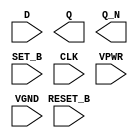
/**
 * Copyright 2020 The SkyWater PDK Authors
 *
 * Licensed under the Apache License, Version 2.0 (the "License");
 * you may not use this file except in compliance with the License.
 * You may obtain a copy of the License at
 *
 *     https://www.apache.org/licenses/LICENSE-2.0
 *
 * Unless required by applicable law or agreed to in writing, software
 * distributed under the License is distributed on an "AS IS" BASIS,
 * WITHOUT WARRANTIES OR CONDITIONS OF ANY KIND, either express or implied.
 * See the License for the specific language governing permissions and
 * limitations under the License.
 *
 * SPDX-License-Identifier: Apache-2.0
 */

`ifndef SKY130_FD_SC_HS__DFBBP_PP_SYMBOL_V
`define SKY130_FD_SC_HS__DFBBP_PP_SYMBOL_V

/**
 * dfbbp: Delay flop, inverted set, inverted reset,
 *        complementary outputs.
 *
 * Verilog stub (with power pins) for graphical symbol definition
 * generation.
 *
 * WARNING: This file is autogenerated, do not modify directly!
 */

`timescale 1ns / 1ps
`default_nettype none

(* blackbox *)
module sky130_fd_sc_hs__dfbbp (
    //# {{data|Data Signals}}
    input  D      ,
    output Q      ,
    output Q_N    ,

    //# {{control|Control Signals}}
    input  RESET_B,
    input  SET_B  ,

    //# {{clocks|Clocking}}
    input  CLK    ,

    //# {{power|Power}}
    input  VPWR   ,
    input  VGND
);
endmodule

`default_nettype wire
`endif  // SKY130_FD_SC_HS__DFBBP_PP_SYMBOL_V